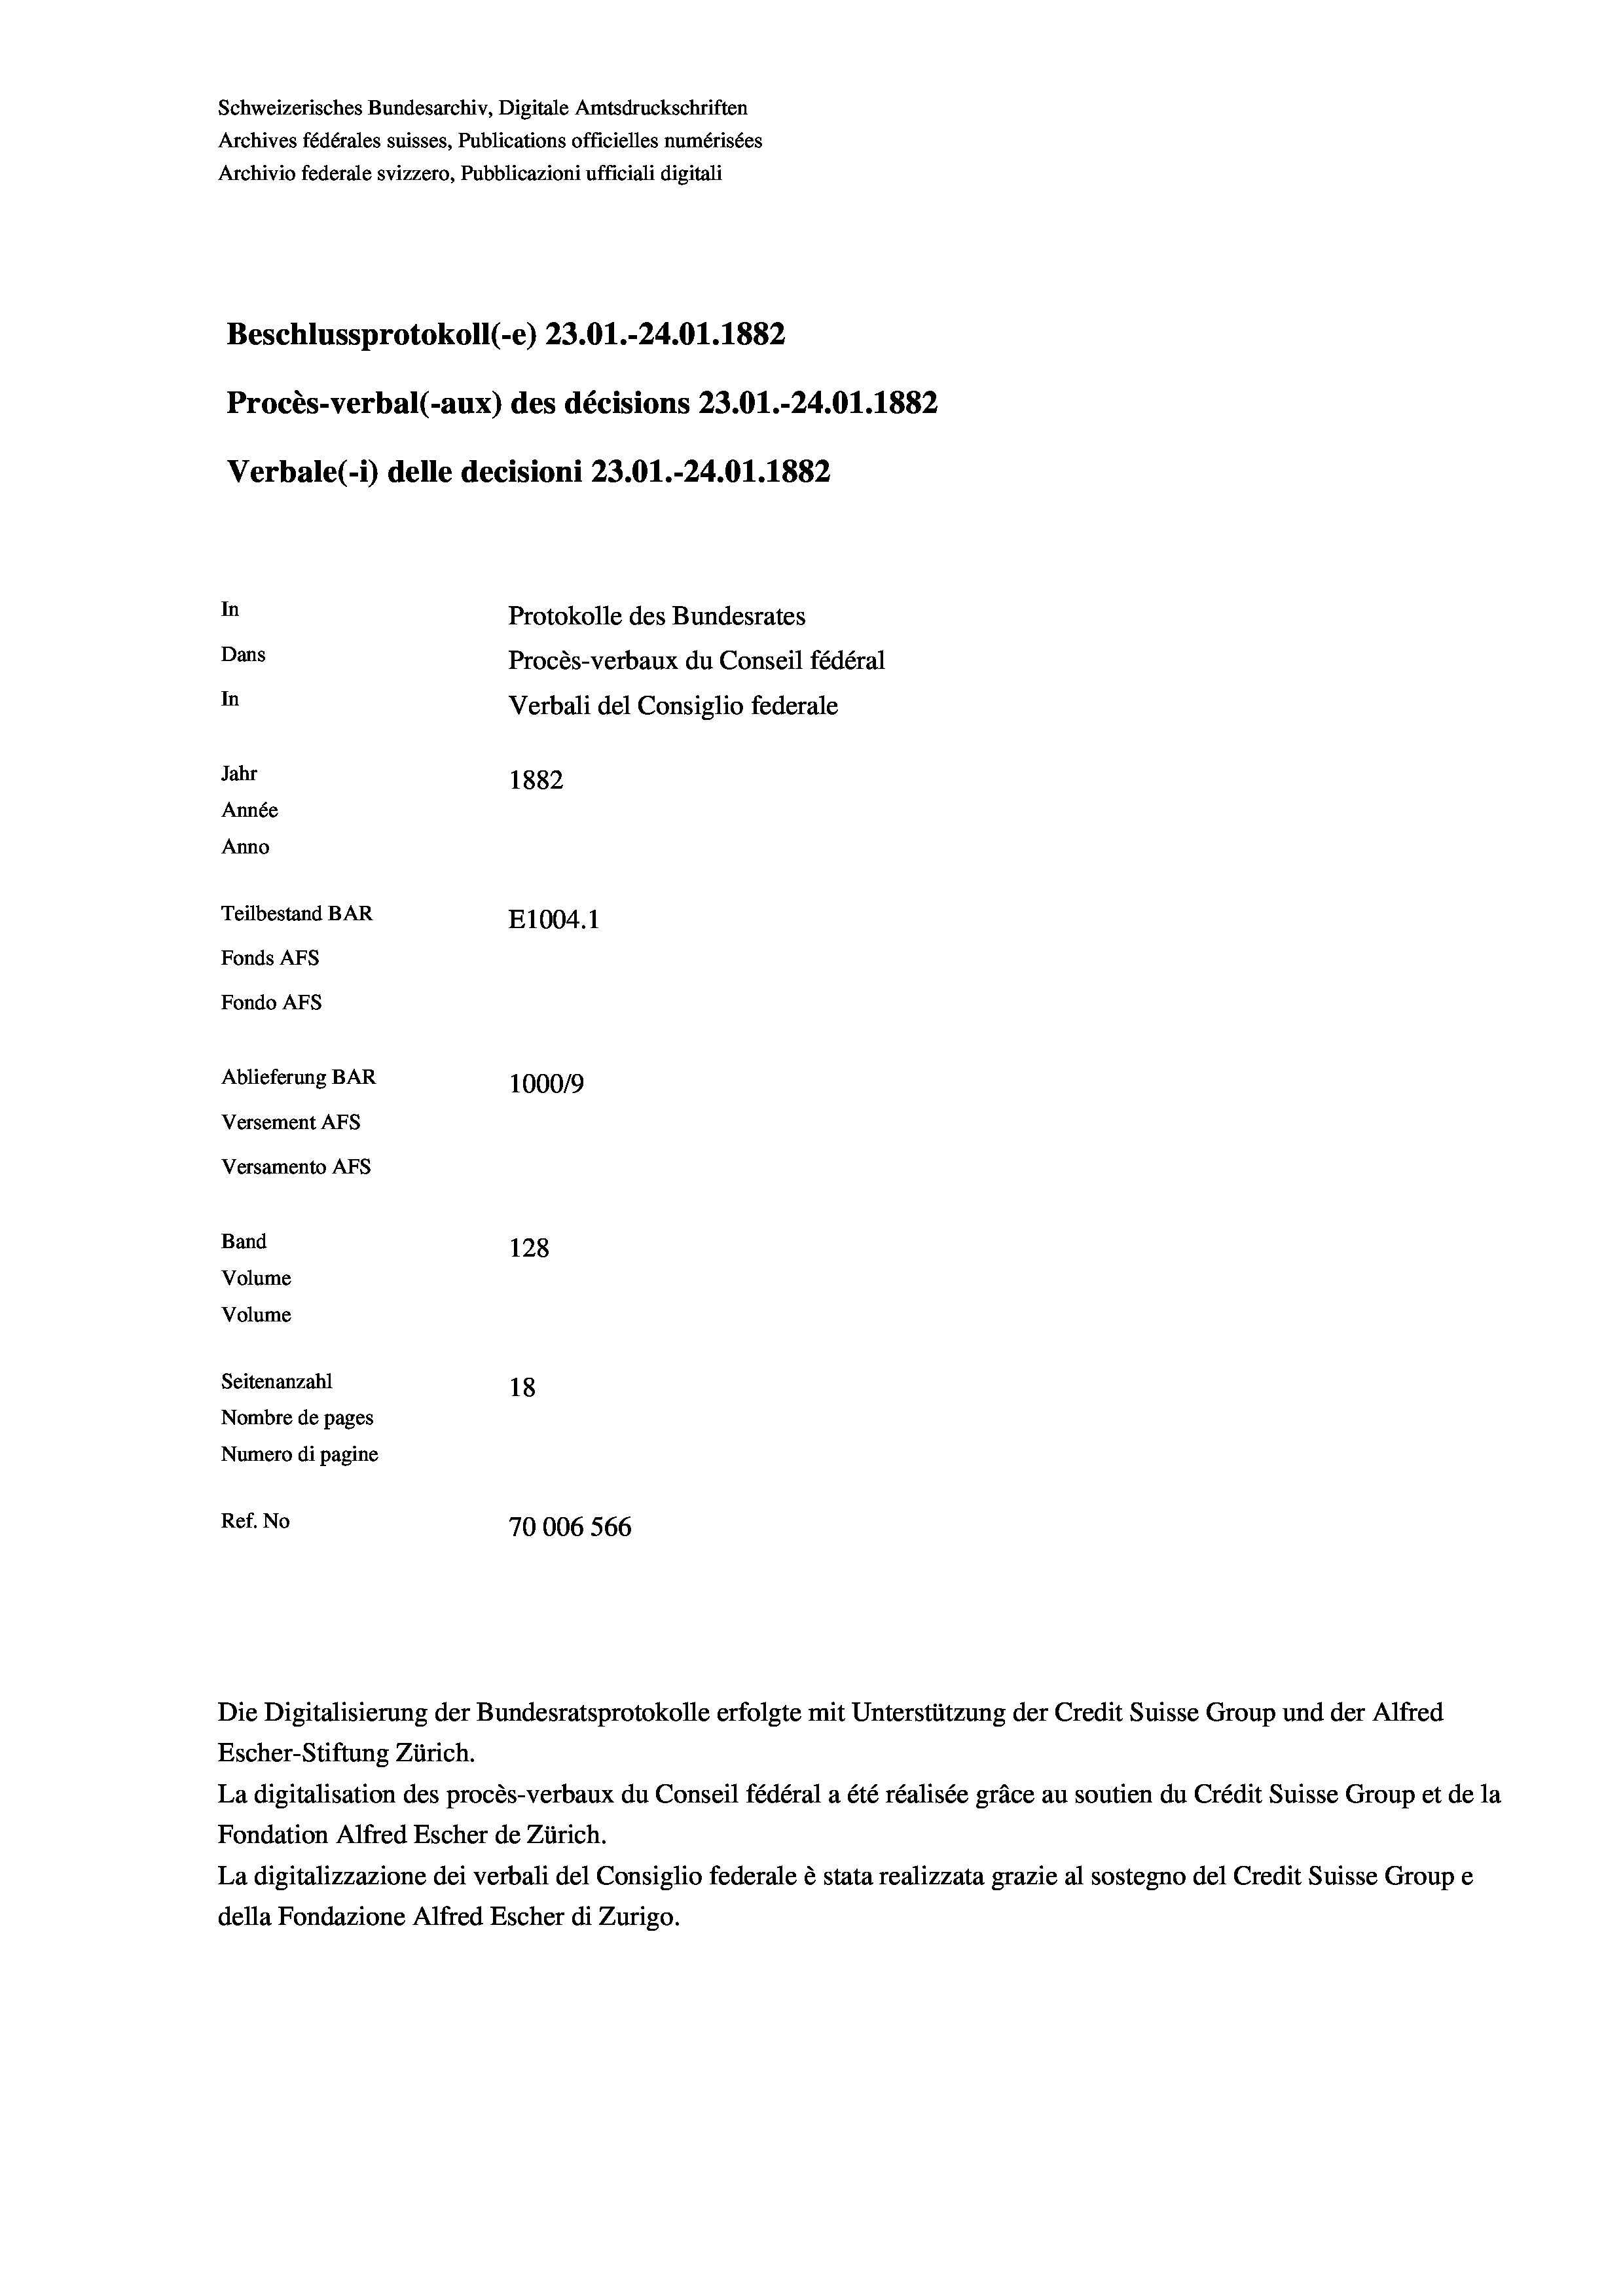
Schweizerisches Bundesarchiv, Digitale Amtsdruckschriften
Archives fédérales suisses, Publications officielles numérisées
Archivio federale svizzero, Pubblicazioni ufficiali digitali
Beschlussprotokoll (-e) 23.01.-24.01. 1882
Procès-verbal (-aux) des décisions 23.01.-24.01. 1882
Verbale(-*) delle decisioni 23.01.-24.01. 1882
In
Protokolle des Bundesrates
Dans
Procès-verbaux du Conseil fédéral
In
Verbali del Consiglio federale
Jahr
1882
Année
Anno
Teilbestand BAR
E1004. 1
Fonds AFs
Fondo Afs
Ablieferung BAR
100019
Versement AFs
Versamento AFS
Band
128
Volume

Volume
Seitenanzahl
18
Nombre de pages
Numero di pagine
Ref. No
70006 566

Die Digitalisierung der Bundesratsprotokolle erfolgte mit Unterstützung der Credit Suisse Group und der Alfred
Escher-Stiftung Zürich.
La digitalisation des procès-verbaux du Conseil fédéral a été réalisée gräce au soutien du Crédit Suisse Group et de la
Fondation Alfred Escher de Zürich.
La digitalizzazione dei verbali del Consiglio federale è stata realizzata grazie al sostegno del Credit Suisse Groupe
della Fondazione Alfred Escher di Zurigo.